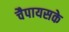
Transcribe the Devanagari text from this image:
चैपायसके